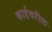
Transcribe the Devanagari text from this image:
कार्डवरील